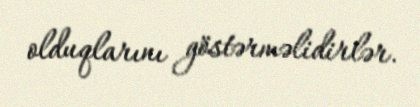
olduqlarını göstərməlidirlər.